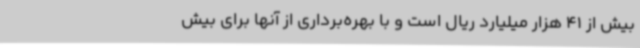
بیش از 41 هزار میلیارد ریال است و با بهره‌برداری از آنها برای بیش